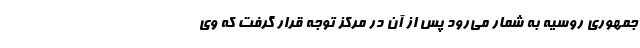
جمهوری روسیه به شمار می‌رود پس از آن در مرکز توجه قرار گرفت که وی